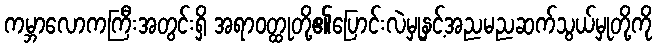
ကမ္ဘာလောကကြီးအတွင်းရှိ အရာဝတ္ထုတို့၏ပြောင်းလဲမှုနှင့်အညမညဆက်သွယ်မှုတို့ကို